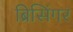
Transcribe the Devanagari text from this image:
ब्रिसिंगर